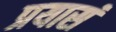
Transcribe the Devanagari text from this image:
प्रयासं